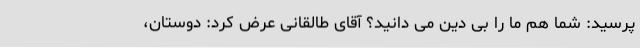
پرسید: شما هم ما را بی دین می دانید؟ آقای طالقانی عرض کرد: دوستان،